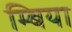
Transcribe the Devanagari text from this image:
म्बिया